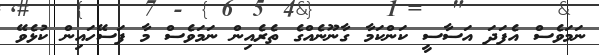
ނަމަވެސް އެފަދަ އަސާސީ ކަންކަމާ ގާނޫނެއްގެ ތެރެއިން ނަމަވެސް މާ ފަސޭހައިން ކުޅެވޭ